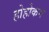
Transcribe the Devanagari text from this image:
होहोकम